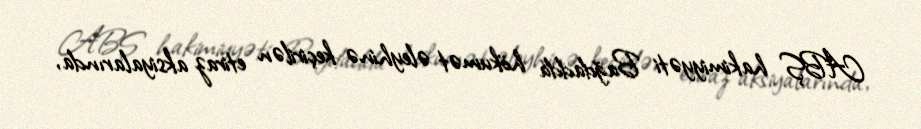
ABŞ hakimiyyəti Bağdadda hökumət əleyhinə keçirilən etiraz aksiyalarında,